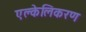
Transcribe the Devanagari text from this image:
एल्केलिकरण